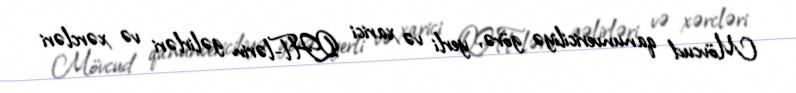
Mövcud qanunvericiliyə görə, yerli və xarici QHT-lərin gəlirləri və xərcləri